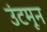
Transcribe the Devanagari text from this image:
उंटमून